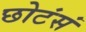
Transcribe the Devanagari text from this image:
छोटंसं